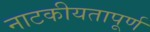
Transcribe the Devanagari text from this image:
नाटकीयतापूर्ण